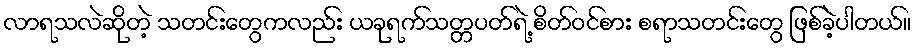
လာရသလဲဆိုတဲ့ သတင်းတွေကလည်း ယခုရက်သတ္တပတ်ရဲ့ စိတ်ဝင်စား စရာသတင်းတွေ ဖြစ်ခဲ့ပါတယ်။